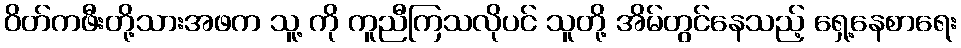
ဝိတ်ကဖီးတို့သားအဖက သူ့ ကို ကူညီကြသလိုပင် သူတို့ အိမ်တွင်နေသည့် ရှေ့နေစာရေး